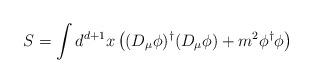
LaTeX: \begin{align*}S= \int d^{d+1}x\left((D_\mu\phi)^\dagger(D_\mu\phi)+m^2\phi^\dagger\phi\right)\,\end{align*}